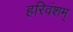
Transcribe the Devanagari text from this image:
हरिवंशम्